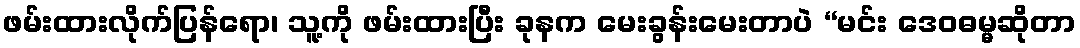
ဖမ်းထားလိုက်ပြန်ရော၊ သူ့ကို ဖမ်းထားပြီး ခုနက မေးခွန်းမေးတာပဲ “မင်း ဒေဝဓမ္မဆိုတာ